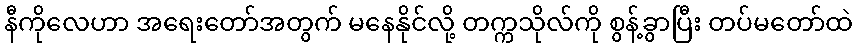
နီကိုလေဟာ အရေးတော်အတွက် မနေနိုင်လို့ တက္ကသိုလ်ကို စွန့်ခွာပြီး တပ်မတော်ထဲ